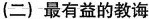
(二)最有益的教诲